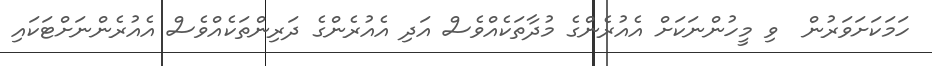
ހަމަކަށަވަރުން  ވި މީހުންނަކަށް އެއުރެންގެ މުދާތަކެއްވެސް އަދި އެއުރެންގެ ދަރިންތަކެއްވެސް އެއުރެންނަށްޓަކައި